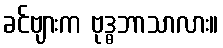
ခင်ဗျားက ဗုဒ္ဓဘာသာလား။